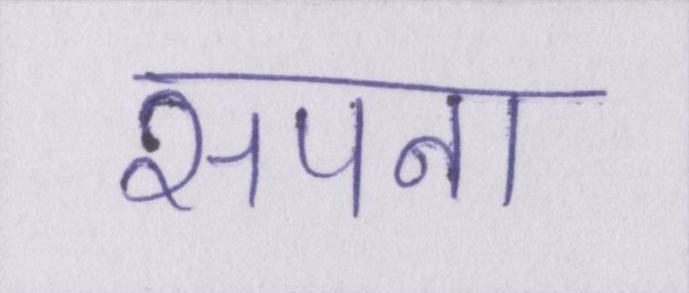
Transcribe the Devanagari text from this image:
सपना